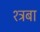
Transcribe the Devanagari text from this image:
श्ट्रबा